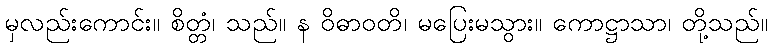
မှလည်းကောင်း။ စိတ္တံ၊ သည်။ န ဝိဓာဝတိ၊ မပြေးမသွား။ ကောဋ္ဌာသာ၊ တို့သည်။